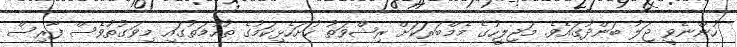
ހުންނެވީ ޖަލު ބަންދުގައެވެ. މަޖިލީހުގެ މެމްބަރަކަށް ރިޝްވަތު ހުށަހެޅިކަމުގެ ތުހުމަތުގައި މިވަގުތުވެސް ފާރިސް